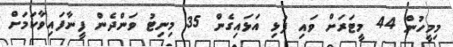
މިމީހުން 44 މީޓަރަށް ވައި ފުޅި އަޅައިގެން 35 މިނިޓު ވަންދެން ފީނާފައިވާކަމަށް